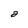
Character: a